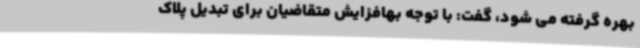
بهره گرفته می شود، گفت: با توجه بهافزایش متقاضیان برای تبدیل پلاک